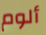
ألوم